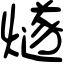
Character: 燧